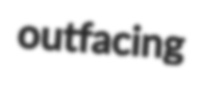
outfacing